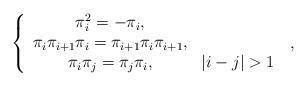
LaTeX: \begin{align*}\left\{ \begin{array}{cc}\pi _{i}^{2}=-\pi _{i}, & \\ \pi _{i}\pi _{i+1}\pi _{i}=\pi _{i+1}\pi _{i}\pi _{i+1}, & \\ \pi _{i}\pi _{j}=\pi _{j}\pi _{i}, & |i-j|>1\end{array}\right. \;, \end{align*}